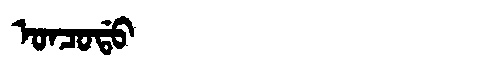
Manchu: ᠣᠨᠴᠣᡩᠣ
Romanization: ONCODO